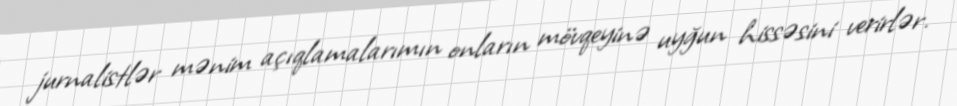
jurnalistlər mənim açıqlamalarımın onların mövqeyinə uyğun hissəsini verirlər.